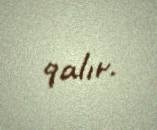
qalır.